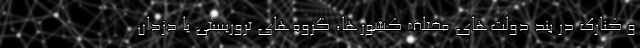
و کنارک در بند دولت‌های مختلف کشورها، گروه‌های تروریستی یا دزدان